Report of the Municipal Commissioner on the plague in Bombay for the year ending 31st May... - Volume 2
Disease focus: Plague
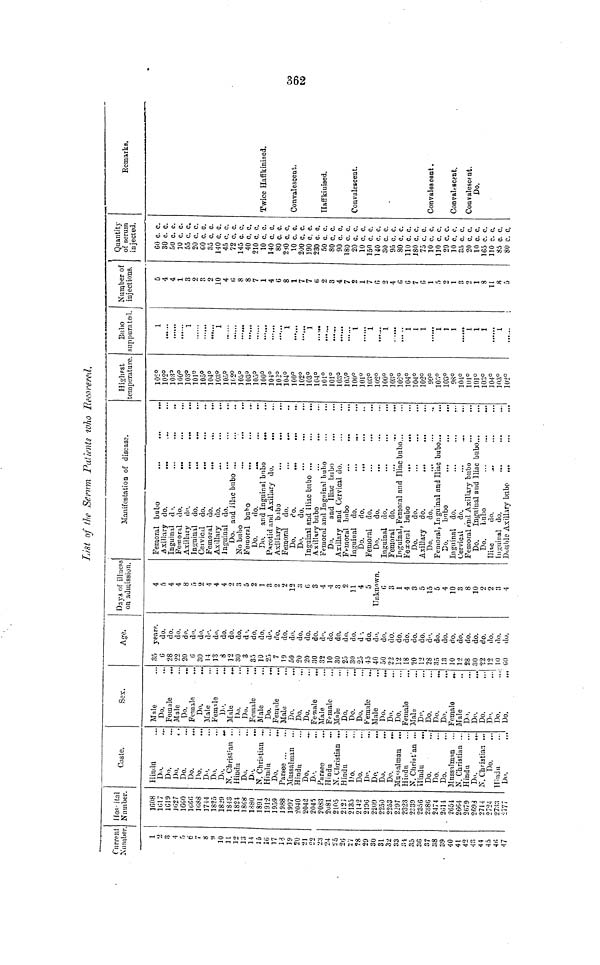
List of the Serum Patients who Recovered,
Current
Number.
1
2
3
4
5
6
7
8
9
10
11
12
13
14
15
16
17
18
19
20
21
22
23
24
25
26
27
28
29
30
31
32
33
34
35
36
37
38
39
40
41
42
43
44
45
46
47
Hospital
Number.
1608
1017
1619
1627
1660
1666
1688
1744
1825
1829
1843
1824
1868
1880
1891
1912
1959
1988
1997
2040
2042
2045
2083
2081
2105
2126
2135
2142
2196
2209
2250
2253
2297
2323
2339
2356
2380
2474
2614
2654
2664
2679
2693
2714
2724
2733
2777
Caste.
Hindu
Do.
Do.
Do.
Do.
Do.
Do.
Do.
Do.
Do.
N. Christian ...
Hindu
Do.
Do.
N. Christian ...
Hindu
Do.
Parsee ...
Mussalman
...
Hindu
Do.
D...
Parsee
Hindu
N. Christian ...
Hindu
Ho.
Do.
Do.
Do.
Do.
Do.
Mussalman
...
Hindu
N. Christian ...
Hindu
...
Do.
Do.
Do.
Mussalman
N. Christian ...
Hindu
Do.
N. Christian ...
Do.
Hindu
Do.
Sex.
Male
Do.
Female
...
Male
Do.
Female
Do.
Male
Female
D...
Male
Do.
Do.
Female
...
Male
Do.
Female
Male
Do.
...
Do.
Do.
Female
...
Male
Female
Male
Do.
Do.
Do,
Female
Male
Do.
Do.
Do.
Female
Male
Do.
Do.
Do.
Do.
Female
...
Male
Do.
Do.
Do.
Do.
Do.
Do.
Age.
35
years
6
do.
28
do.
22
do.
20
do.
6
do.
30
do.
14
do.
13
do.
8
do.
12
do.
30
do.
3
do.
35
do.
10
do.
25
do.
7
do.
19
do.
50
do.
20
do.
20
do.
30
do.
32
do.
10
do.
30
do.
25
do.
30
do.
25
do.
45
do.
40
do.
50
do.
22
do.
12
do.
18
do.
20
do.
12
do.
28
do.
35
do.
13
do.
10
do.
12
do.
28
do.
30
do.
22
do.
12
do.
10
do.
60
do.
Days of illness
on admission.
4
5
4
4
8
5
2
4
4
4
2
3
5
2
1
3
2
2
12
3
6
3
4
4
3
2
11 4
5
Unknown.
6
3
1
4
3
5
15
5
4
10
3
8
10
2
2
55
4
Manifestation of disease.
Femoral bubo
...
...
Axillary do.
Inguinal do.
Femoral do.
...
Axillary do.
Inguinal do.
...
...
...
Cervical do.
...
Femoral do.
...
Axillary do.
Inguinal do.
Do. and lilac bubo ...
No bubo
Femoral bubo
...
Do.
do.
.
Do. and Inguinal bubo
...
Parotid and Axillary do.
...
Axillary bubo
Femoral do.
...
...
Do.
do.
Do.
do.
Inguinal and Iliac bubo ...
Axillary bubo
...
...
Femoral and Inguinal bubo
Do.
and Iliac bubo
Axillary and Cervical do.
Femoral bubo
...
...
Inguinal do.
Do.
do.
Femoral do,
Do.
do.
Inguinal do.
Femoral do.
Inguinal, Femoral and Iliac bubo...
Fexoral bubo
...
...
Do.
do.
Axillary do.
...
...
Do.
do.
Femoral, Inguinal and Iliac bubo...
Do.
bubo
Inguinal do.
Cervical do.
Femoral and Axillary bubo
Do.
Inguinal and Iliac bubo...
Do.
bubo
Iliac
do.
...
Inguinal do.
Double Axillary bubo .,.
Highest
temperature.
102°1
02°1
03°1
00°1
03°1
01°1
05°1
04°1
03°1
05°1
02°1
03°1
03°1
05°1
00°1
04°1
02°1
04°1
00°1
02°1
03°1
04°1
01°1
01°1
03°1
05°1
00°1
01°1
03°1
02°1
00°1
03°1
05°1
04°1
04°1
02°9
9°1
03°1
03°9
8°1
04°1
01°1
01°1
03°1
04°1
03°1
02°B
ubo
suppurated.
1
......
,
1
1
......
1
......
......
1
......
......
1
......
1
1
1
1
1
1
1
......
1
1
1
1
Number of
injections.
5
4
4
1
3
2
3
2
10
4
6
8
8
7
1
4
6
8
1
7
7
6
2
3
4
7
2
1
7
6
2
4
6
6
7
6
1
5
2
1
3
2
1
8
11
8
5
Quantity
of serum
injected.
60 c. c.
30 c. c.
50 c. c.
10 c. c.
55 c. c.
20 c. c.
60 c. c.
35 c. c.
140 c. c.
45 c. c.
72 c. c.
145 c. c.
40 c. c.
210 c. c.
10 c. c.
140 c. c.
80 c. c.
230 c. c.
10 c. c.
200 c. c.
190 c. c.
230 c. c.
50 c. c.
80 c. c.
90 c. c.
180 c. c.
20 c. c.
10 c. c.
150 c. c.
140 c. c.
30 c. c.
95 c. c.
80 c. c.
110 c. c.
180 c. c.
75 c. c.
10 c. c.
110 c. c.
20 c. c.
10 c. c.
35 c. c.
20 c. c.
10 c. c.
165 c. c.
110 c. c.
85 c. c.
80 c. c.
Remarks.
Twice Haffkinised
Convalescent,
Haffkinised.
Convalescent.
Convalescent.
Convalescent.
Do.
362